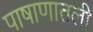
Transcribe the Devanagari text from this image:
पाषाणातली